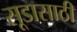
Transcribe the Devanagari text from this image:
सूडासाठी